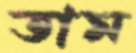
তাম